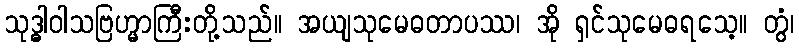
သုဒ္ဓါဝါသဗြဟ္မာကြီးတို့သည်။ အယျသုမေဓတာပဿ၊ အို ရှင်သုမေဓရသေ့။ တွံ၊